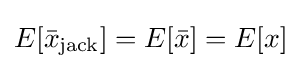
E[{\bar {x}}_{\mathrm {jack} }]=E[{\bar {x}}]=E[x]